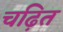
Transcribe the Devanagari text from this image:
चढ़ित